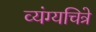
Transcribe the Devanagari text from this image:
व्यंग्यचित्रे